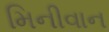
મિનીવાન